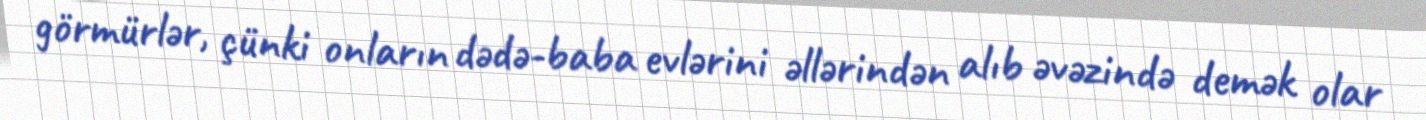
görmürlər, çünki onların dədə-baba evlərini əllərindən alıb əvəzində demək olar